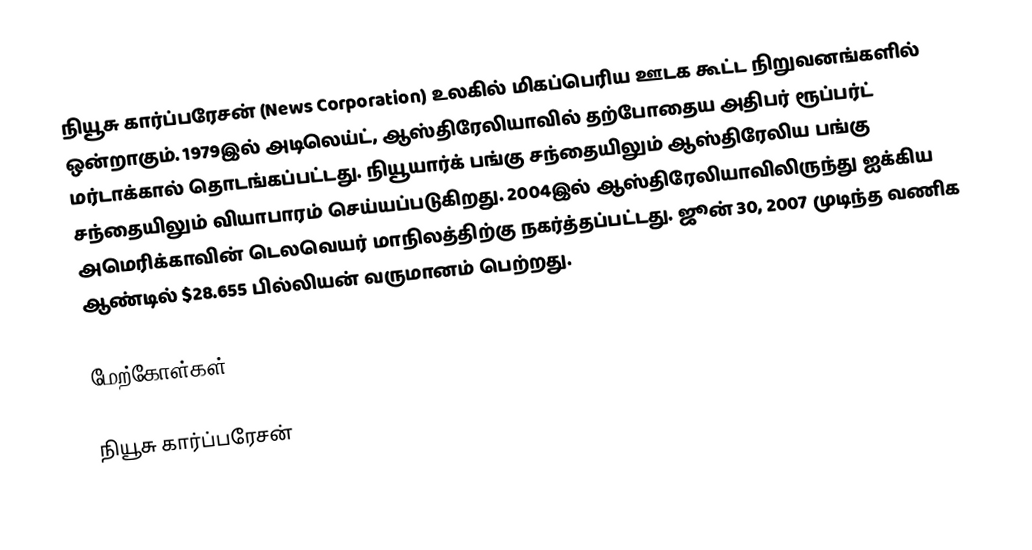
நியூசு கார்ப்பரேசன் (News Corporation) உலகில் மிகப்பெரிய ஊடக கூட்ட நிறுவனங்களில் ஒன்றாகும். 1979இல் அடிலெய்ட், ஆஸ்திரேலியாவில் தற்போதைய அதிபர் ரூப்பர்ட் மர்டாக்கால் தொடங்கப்பட்டது. நியூயார்க் பங்கு சந்தையிலும் ஆஸ்திரேலிய பங்கு சந்தையிலும் வியாபாரம் செய்யப்படுகிறது. 2004இல் ஆஸ்திரேலியாவிலிருந்து ஐக்கிய அமெரிக்காவின் டெலவெயர் மாநிலத்திற்கு நகர்த்தப்பட்டது. ஜூன் 30, 2007 முடிந்த வணிக ஆண்டில் $28.655 பில்லியன் வருமானம் பெற்றது.

மேற்கோள்கள்

நியூசு கார்ப்பரேசன்